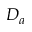
D _ { a }